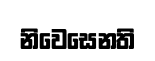
නිවෙසෙනති